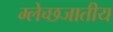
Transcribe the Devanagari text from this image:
म्लेच्छजातीय